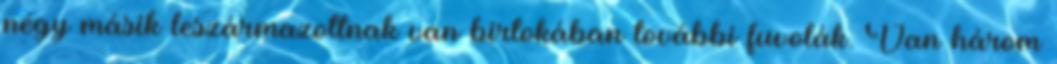
négy másik leszármazottnak van birtokában további fuvolák. Van három